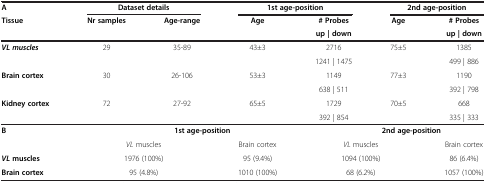
<table><thead><tr><td><b>A</b></td><td colspan="2"><b>Dataset details</b></td><td colspan="2"><b>1st age-position</b></td><td colspan="2"><b>2nd age-position</b></td></tr><tr><td><b>Tissue</b></td><td><b>Nr samples</b></td><td><b>Age-range</b></td><td><b>Age</b></td><td><b># Probes</b></td><td><b>Age</b></td><td><b># Probes</b></td></tr><tr><td><b> </b></td><td><b> </b></td><td><b> </b></td><td><b> </b></td><td><b>up | down</b></td><td><b> </b></td><td><b>up | down</b></td></tr></thead><tbody><tr><td><b><i>VL muscles</i></b></td><td>29</td><td>35-89</td><td>43±3</td><td>2716</td><td>75±5</td><td>1385</td></tr><tr><td> </td><td> </td><td> </td><td> </td><td>1241 | 1475</td><td> </td><td>499 | 886</td></tr><tr><td><b>Brain cortex</b></td><td>30</td><td>26-106</td><td>53±3</td><td>1149</td><td>77±3</td><td>1190</td></tr><tr><td> </td><td> </td><td> </td><td> </td><td>638 | 511</td><td> </td><td>392 | 798</td></tr><tr><td><b>Kidney cortex</b></td><td>72</td><td>27-92</td><td>65±5</td><td>1729</td><td>70±5</td><td>668</td></tr><tr><td> </td><td> </td><td> </td><td> </td><td>392 | 854</td><td> </td><td>335 | 333</td></tr><tr><td><b>B</b></td><td colspan="3"><b>1st age-position</b></td><td colspan="3"><b>2nd age-position</b></td></tr><tr><td> </td><td colspan="2"><i>VL</i> muscles</td><td>Brain cortex</td><td colspan="2"><i>VL</i> muscles</td><td>Brain cortex</td></tr><tr><td><b><i>VL </i></b><b>muscles</b></td><td colspan="2">1976 (100%)</td><td>95 (9.4%)</td><td colspan="2">1094 (100%)</td><td>86 (6.4%)</td></tr><tr><td><b>Brain cortex</b></td><td colspan="2">95 (4.8%)</td><td>1010 (100%)</td><td colspan="2">68 (6.2%)</td><td>1057 (100%)</td></tr></tbody></table>